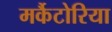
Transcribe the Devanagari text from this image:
मर्कैटोरिया